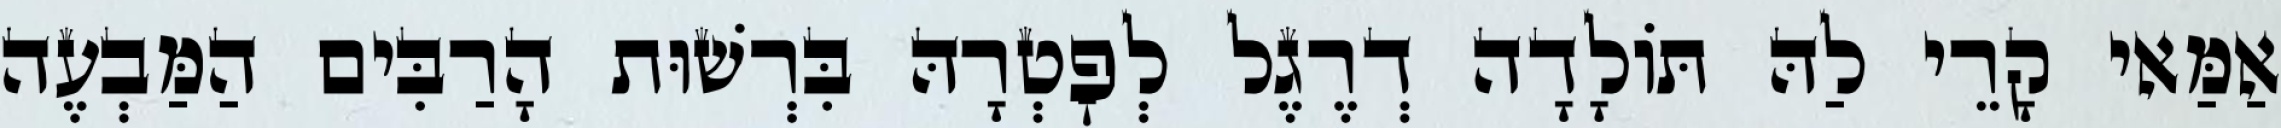
אַמַּאי קָרֵי לַהּ תּוֹלָדָה דְרֶגֶל לְפׇטְרָהּ בִּרְשׁוּת הָרַבִּים הַמַּבְעֶה